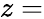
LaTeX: z=